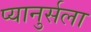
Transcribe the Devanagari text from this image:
प्यानुर्सला